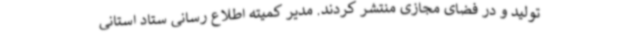
تولید و در فضای مجازی منتشر کردند. مدیر کمیته اطلاع رسانی ستاد استانی